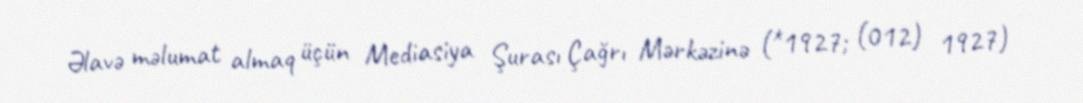
Əlavə məlumat almaq üçün Mediasiya Şurası Çağrı Mərkəzinə (*1927; (012) 1927)